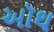
ઑથ